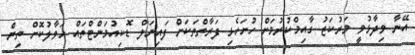
އޭނާ ވިދާޅުވީ މަރުކަޒު ގާއިމްކުރުމަށް ހުށަހެޅި ފަރާތްތަކަށް ފައިނަލް ޑޮކިއުމަންޓްތައް ހަވާލުކޮށް ތިން